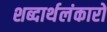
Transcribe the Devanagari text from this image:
शब्दार्थलंकारों